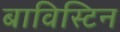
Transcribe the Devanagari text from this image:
बाविस्टिन